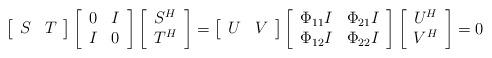
LaTeX: \begin{align*}\left[\begin{array}{cc} S & T \end{array}\right]\left[\begin{array}{cc} 0 & I \\ I & 0 \end{array}\right]\left[\begin{array}{c} S^H \\ T^H \end{array}\right]= \left[\begin{array}{cc} U & V \end{array} \right] \left[\begin{array}{cc} \Phi_{11} I & \Phi_{21} I \\ \Phi_{12} I & \Phi_{22} I \end{array}\right]\left[\begin{array}{c} U^H \\ V^H \end{array}\right] = 0\end{align*}